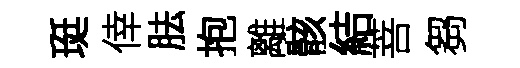
珽倖胠抱離骸結菩芻